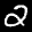
Label: 2